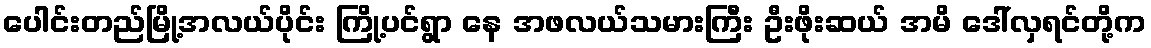
ပေါင်းတည်မြို့အလယ်ပိုင်း ကြို့ပင်ရွာ နေ အဖလယ်သမားကြီး ဦးဖိုးဆယ် အမိ ဒေါ်လှရင်တို့က